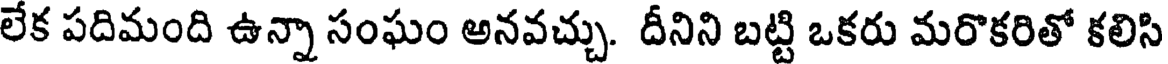
లేక పదిమంది ఉన్నా సంఘం అనవచ్చు. దీనిని బట్టి ఒకరు మరొకరితో కలిసి